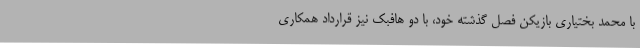
با محمد بختیاری بازیکن فصل گذشته خود، با دو هافبک نیز قرارداد همکاری